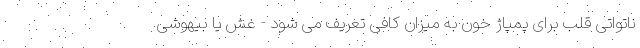
ناتواتی قلب برای پمپاژ خون به میزان کافی تعریف می شود - غش یا بیهوشی